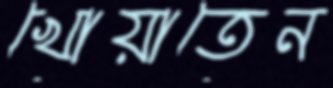
খোয়াতেন